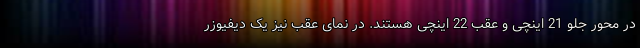
در محور جلو 21 اینچی و عقب 22 اینچی هستند. در نمای عقب نیز یک دیفیوزر